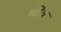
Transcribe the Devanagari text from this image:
थींत्र